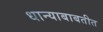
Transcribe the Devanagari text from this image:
धान्याबाबतीत